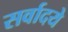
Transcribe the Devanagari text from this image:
सर्वादये